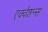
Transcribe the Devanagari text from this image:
एक्वेशन्स